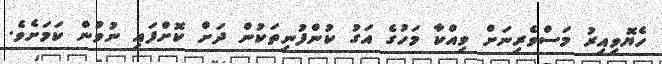
ހެޔޮވިއިރު މަސްވެރިނަށް ވިއްކާ މަހުގެ އަގު ކުންފުނިތަކުން ދަށް ކޮށްފައި ނުވުން ކަމަށެވެ.